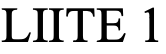
LIITE 1